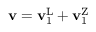
\mathbf { v } = \mathbf { v } _ { 1 } ^ { \mathrm { L } } + \mathbf { v } _ { 1 } ^ { \mathrm { Z } }